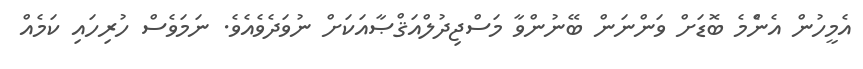
އެމީހުން އެންެމެ ބޮޑަށް ވަންނަން ބޭނުންވާ މަސްޖިދުލްއަޤްޞާއަކަށް ނުވަދެވެއެވެ. ނަމަވެސް ހުރިހައި ކަމެއް